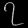
Digit: ၇